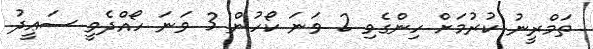
ތަމްރީނު ކުރުމަށް ހިންގެވި 2 ވަނަ ކޯހުން 3 ވަނަ ހޯއްދެވީ ސަޢީދު